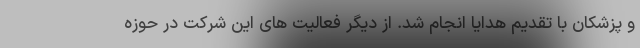
و پزشکان با تقدیم هدایا انجام شد. از دیگر فعالیت های این شرکت در حوزه